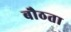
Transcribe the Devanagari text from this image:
बौठता